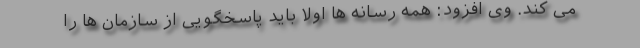
می کند. وی افزود: همه رسانه ها اولا باید پاسخگویی از سازمان ها را